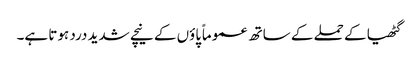
گٹھیا کے حملے کے ساتھ عموماً پاؤں کے نیچے شدید درد ہوتا ہے۔